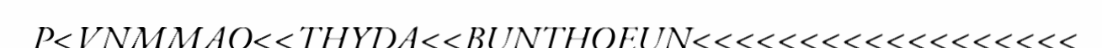
P<VNMMAO<<THYDA<<BUNTHOEUN<<<<<<<<<<<<<<<<<<